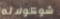
شوكولاته